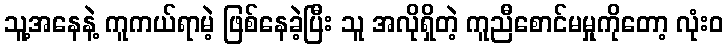
သူ့အနေနဲ့ ကူကယ်ရာမဲ့ ဖြစ်နေခဲ့ပြီး သူ အလိုရှိတဲ့ ကူညီစောင်မမှုကိုတော့ လုံးဝ